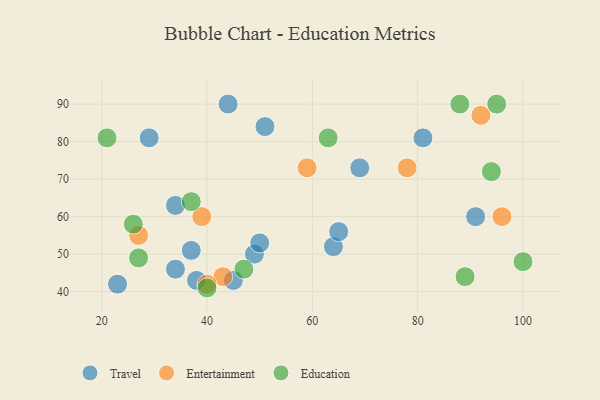
{"axis": {"x": "GDP", "y": "Life Expectancy"}, "legend": ["Education", "Entertainment", "Travel"], "data": [{"x": "44", "y": 90, "type": "Travel"}, {"x": "49", "y": 50, "type": "Travel"}, {"x": "69", "y": 73, "type": "Travel"}, {"x": "81", "y": 81, "type": "Travel"}, {"x": "23", "y": 42, "type": "Travel"}, {"x": "34", "y": 63, "type": "Travel"}, {"x": "64", "y": 52, "type": "Travel"}, {"x": "34", "y": 46, "type": "Travel"}, {"x": "51", "y": 84, "type": "Travel"}, {"x": "38", "y": 43, "type": "Travel"}, {"x": "37", "y": 51, "type": "Travel"}, {"x": "50", "y": 53, "type": "Travel"}, {"x": "45", "y": 43, "type": "Travel"}, {"x": "65", "y": 56, "type": "Travel"}, {"x": "29", "y": 81, "type": "Travel"}, {"x": "91", "y": 60, "type": "Travel"}, {"x": "78", "y": 73, "type": "Entertainment"}, {"x": "43", "y": 44, "type": "Entertainment"}, {"x": "92", "y": 87, "type": "Entertainment"}, {"x": "27", "y": 55, "type": "Entertainment"}, {"x": "39", "y": 60, "type": "Entertainment"}, {"x": "59", "y": 73, "type": "Entertainment"}, {"x": "40", "y": 42, "type": "Entertainment"}, {"x": "96", "y": 60, "type": "Entertainment"}, {"x": "21", "y": 81, "type": "Education"}, {"x": "100", "y": 48, "type": "Education"}, {"x": "88", "y": 90, "type": "Education"}, {"x": "94", "y": 72, "type": "Education"}, {"x": "27", "y": 49, "type": "Education"}, {"x": "37", "y": 64, "type": "Education"}, {"x": "89", "y": 44, "type": "Education"}, {"x": "40", "y": 41, "type": "Education"}, {"x": "95", "y": 90, "type": "Education"}, {"x": "26", "y": 58, "type": "Education"}, {"x": "47", "y": 46, "type": "Education"}, {"x": "63", "y": 81, "type": "Education"}]}